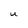
Character: U